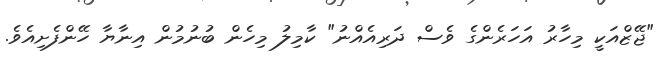
"ޖޭޒްއަކީ މިހާރު އަހަރެންގެ ވެސް ދަރިއެއްނު" ކާމިލު މިހެން ބުނުމުން އިނާޔާ ހޭންފެށިއެވެ.